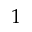
1